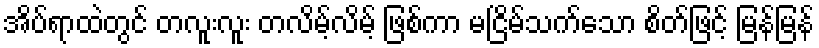
အိပ်ရာထဲတွင် တလူးလူး တလိမ့်လိမ့် ဖြစ်ကာ မငြိမ်သက်သော စိတ်ဖြင့် မြန်မြန်